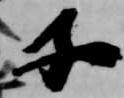
子